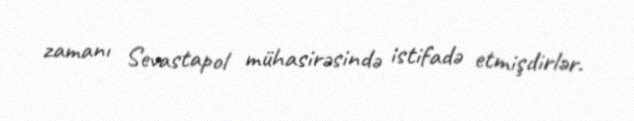
zamanı Sevastapol mühasirəsində istifadə etmişdirlər.